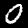
Label: 0